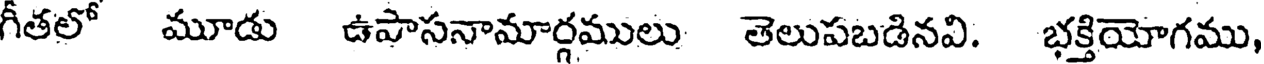
గీతలో మూడు ఉపాసనామార్గములు తెలుపబడినవి. భక్తియోగము,